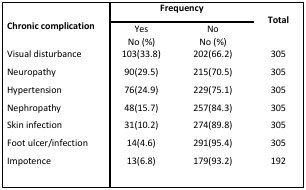
<table><thead><tr><td></td><td colspan="2"><b>Frequency</b></td><td></td></tr><tr><td></td><td colspan="2"></td><td><b>Total</b></td></tr><tr><td><b>Chronic complication</b></td><td><b>Yes</b></td><td><b>No</b></td><td></td></tr><tr><td></td><td><b>No (%)</b></td><td><b>No (%)</b></td><td></td></tr></thead><tbody><tr><td>Visual disturbance</td><td>103(33.8)</td><td>202(66.2)</td><td>305</td></tr><tr><td>Neuropathy</td><td>90(29.5)</td><td>215(70.5)</td><td>305</td></tr><tr><td>Hypertension</td><td>76(24.9)</td><td>229(75.1)</td><td>305</td></tr><tr><td>Nephropathy</td><td>48(15.7)</td><td>257(84.3)</td><td>305</td></tr><tr><td>Skin infection</td><td>31(10.2)</td><td>274(89.8)</td><td>305</td></tr><tr><td>Foot ulcer/infection</td><td>14(4.6)</td><td>291(95.4)</td><td>305</td></tr><tr><td>Impotence</td><td>13(6.8)</td><td>179(93.2)</td><td>192</td></tr></tbody></table>